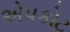
એપકોટ